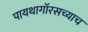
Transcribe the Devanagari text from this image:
पायथागॉरसच्याच